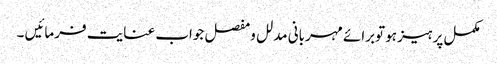
مکمل پرہیز ہو توبرائے مہربانی مدلل ومفصل جواب عنایت فرمائیں ۔